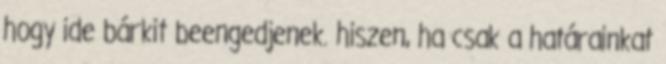
hogy ide bárkit beengedjenek. hiszen, ha csak a határainkat